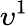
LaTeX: \upsilon^{1}